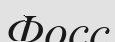
Фосс